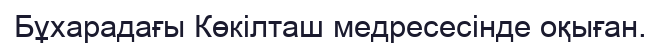
Бұхарадағы Көкілташ медресесінде оқыған.